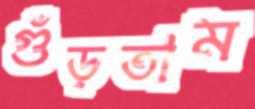
গুঁড়তাম